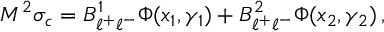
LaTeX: M ^ { 2 } \sigma _ { c } = B _ { \ell ^ { + } \ell ^ { - } } ^ { 1 } \Phi ( x _ { 1 } , \gamma _ { 1 } ) + B _ { \ell ^ { + } \ell ^ { - } } ^ { 2 } \Phi ( x _ { 2 } , \gamma _ { 2 } ) \, ,